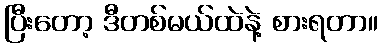
ပြီးတော့ ဒီတစ်မယ်ထဲနဲ့ စားရတာ။